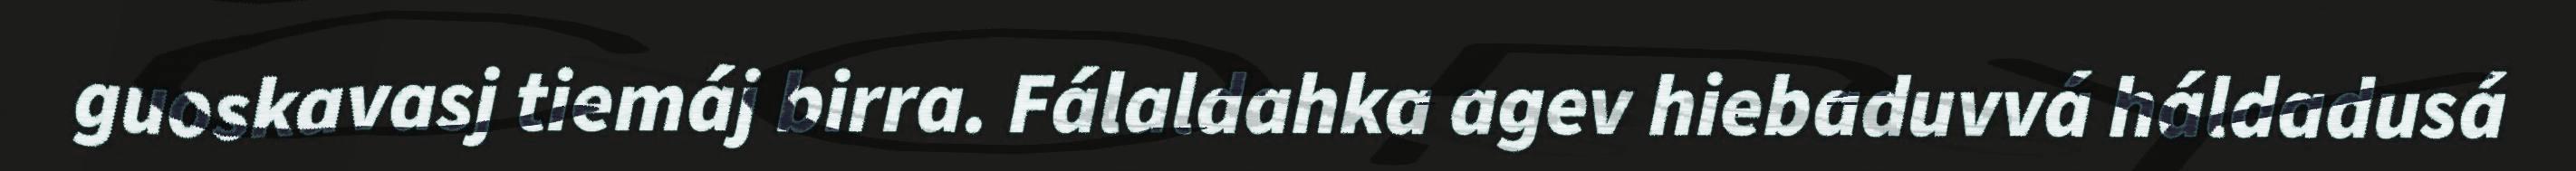
guoskavasj tiemáj birra. Fálaldahka agev hiebaduvvá háldadusá